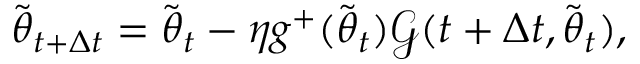
\tilde { { \boldsymbol { \theta } } } _ { t + \Delta t } = \tilde { { \boldsymbol { \theta } } } _ { t } - \eta g ^ { + } ( \tilde { { \boldsymbol { \theta } } } _ { t } ) \boldsymbol { \mathcal { G } } ( t + \Delta t , \tilde { { \boldsymbol { \theta } } } _ { t } ) ,